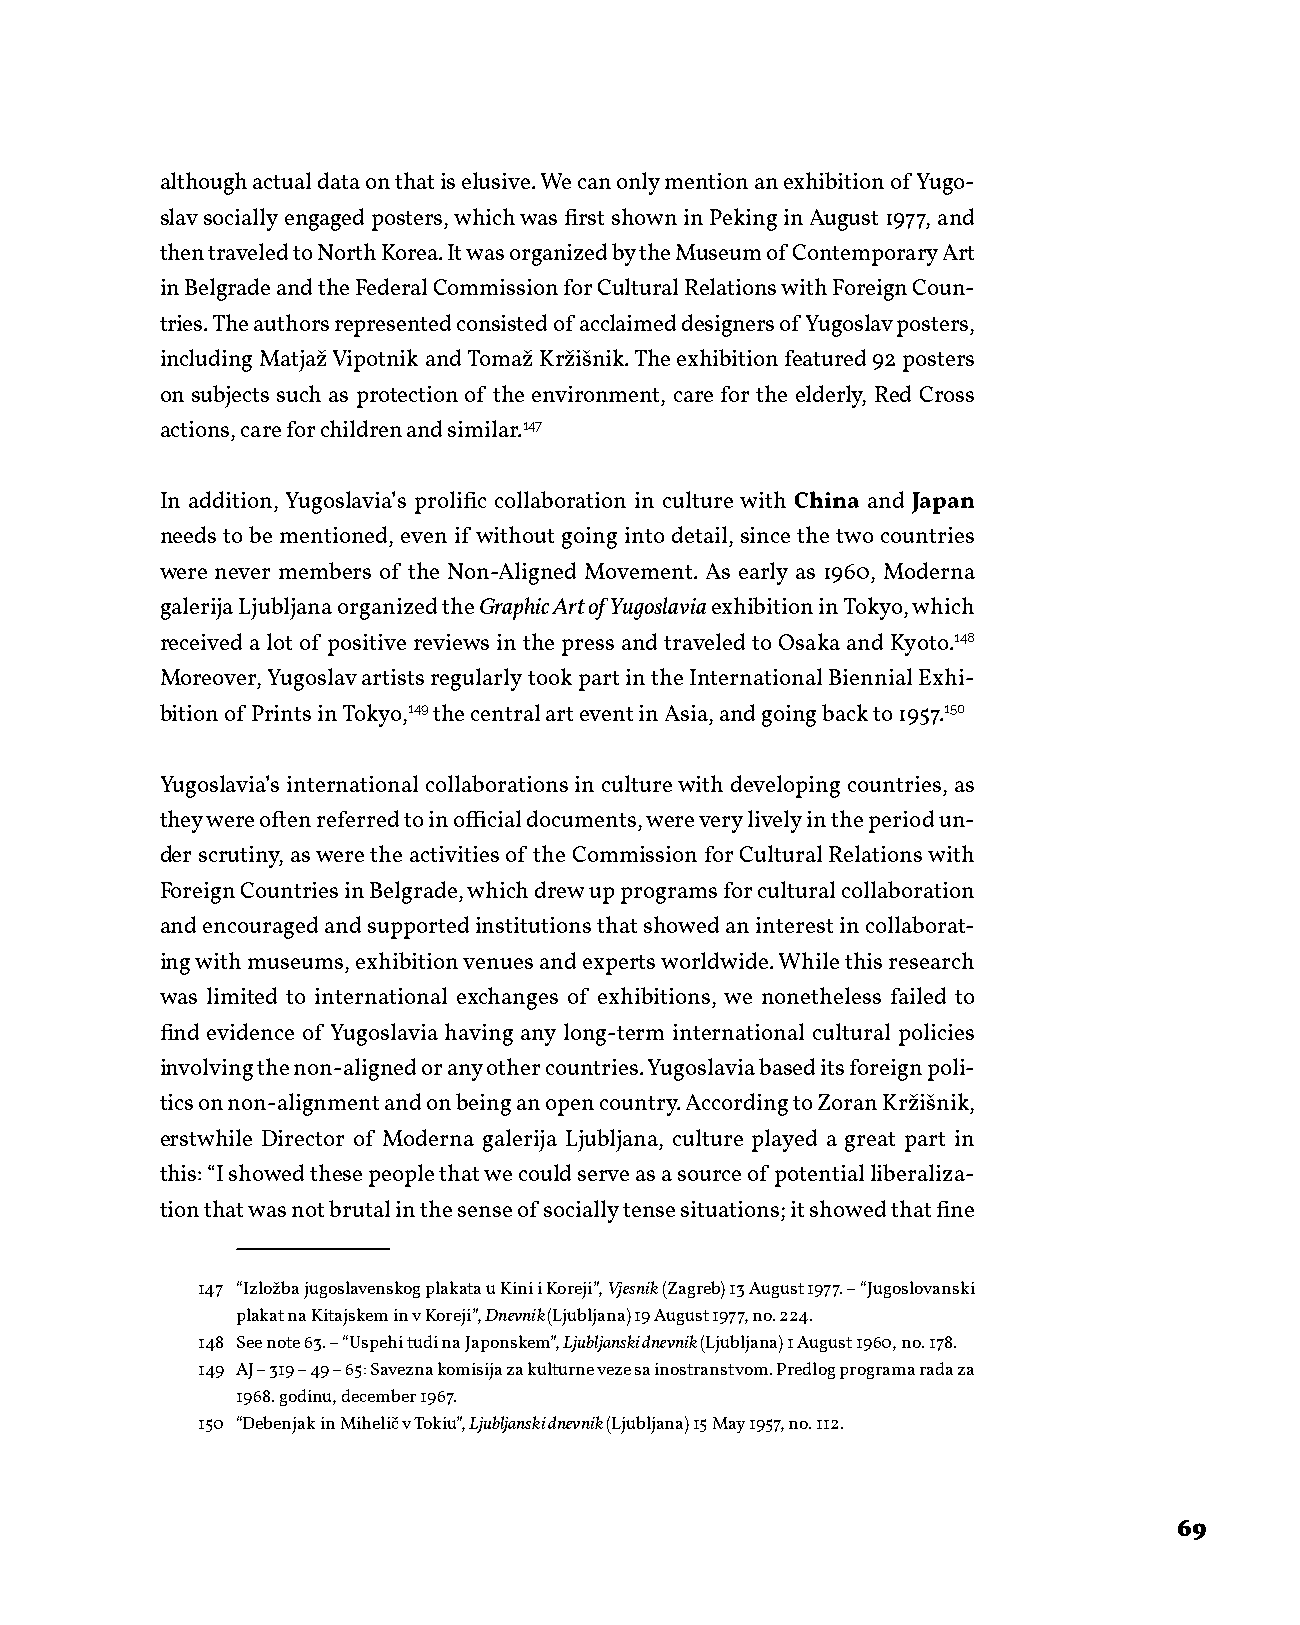
although actual data on that is elusive. We can only mention an exhibition of Yugo-
 slav socially engaged posters, which was first shown in Peking in August 1977, and
 then traveled to North Korea. It was organized by the Museum of Contemporary Art
 in Belgrade and the Federal Commission for Cultural Relations with Foreign Coun-
 tries. The authors represented consisted of acclaimed designers of Yugoslav posters,
 including Matjaž Vipotnik and Tomaž Kržišnik. The exhibition featured 92 posters
 on subjects such as protection of the environment, care for the elderly, Red Cross
 actions, care for children and similar.147
 In addition, Yugoslavia’s prolific collaboration in culture with China and Japan
 needs to be mentioned, even if without going into detail, since the two countries
 were never members of the Non-Aligned Movement. As early as 1960, Moderna
 galerija Ljubljana organized the Graphic Art of Yugoslavia exhibition in Tokyo, which
 received a lot of positive reviews in the press and traveled to Osaka and Kyoto.148
 Moreover, Yugoslav artists regularly took part in the International Biennial Exhi-
 bition of Prints in Tokyo,149 the central art event in Asia, and going back to 1957.150
 Yugoslavia’s international collaborations in culture with developing countries, as
 they were often referred to in official documents, were very lively in the period un-
 der scrutiny, as were the activities of the Commission for Cultural Relations with
 Foreign Countries in Belgrade, which drew up programs for cultural collaboration
 and encouraged and supported institutions that showed an interest in collaborat-
 ing with museums, exhibition venues and experts worldwide. While this research
 was limited to international exchanges of exhibitions, we nonetheless failed to
 find evidence of Yugoslavia having any long-term international cultural policies
 involving the non-aligned or any other countries. Yugoslavia based its foreign poli-
 tics on non-alignment and on being an open country. According to Zoran Kržišnik,
 erstwhile Director of Moderna galerija Ljubljana, culture played a great part in
 this: “I showed these people that we could serve as a source of potential liberaliza-
 tion that was not brutal in the sense of socially tense situations; it showed that fine
 147 “Izložba jugoslavenskog plakata u Kini i Koreji”, Vjesnik (Zagreb) 13 August 1977. – “Jugoslovanski
 plakat na Kitajskem in v Koreji”, Dnevnik (Ljubljana) 19 August 1977, no. 224.
 148 See note 63. – “Uspehi tudi na Japonskem”, Ljubljanski dnevnik (Ljubljana) 1 August 1960, no. 178.
 149 AJ – 319 – 49 – 65: Savezna komisija za kulturne veze sa inostranstvom. Predlog programa rada za
 1968. godinu, december 1967.
 150 “Debenjak in Mihelič v Tokiu”, Ljubljanski dnevnik (Ljubljana) 15 May 1957, no. 112.
 69